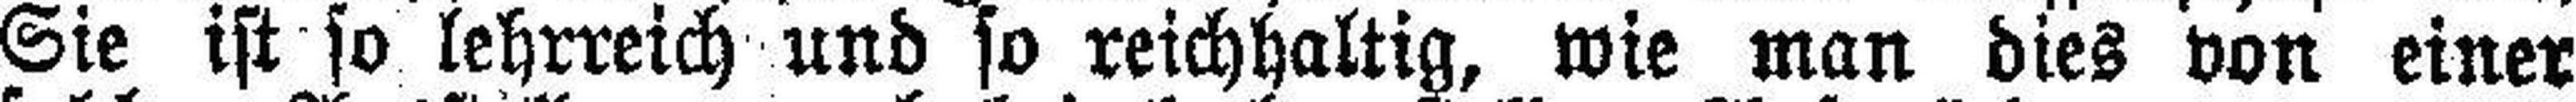
Sie ist so lehrreich und so reichhaltig, wie man dies von einer